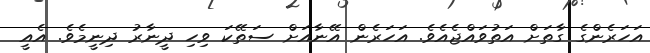
އަހަރެންގެ ގާތަށް އަތުވައްޖެއެވެ. އަހަރެން އޭނާއަށް ސަތޭކަ ވިހި ދީނާރު ދިނީމެވެ. އެއީ